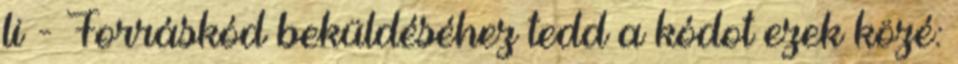
li - Forráskód beküldéséhez tedd a kódot ezek közé: